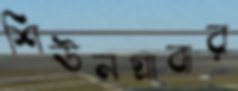
শিউনগ্রাবার